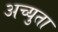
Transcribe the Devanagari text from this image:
अच्युता